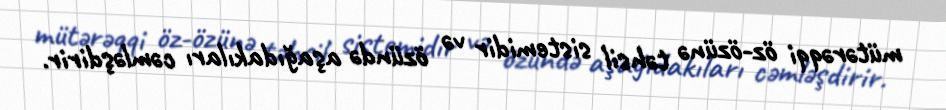
mütərəqqi öz-özünə təhsil sistemidir və özündə aşağıdakıları cəmləşdirir.